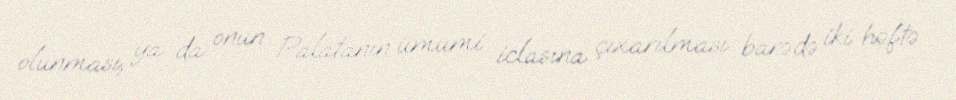
olunması, ya da onun Palatanın ümumi iclasına çıxarılması barədə iki həftə